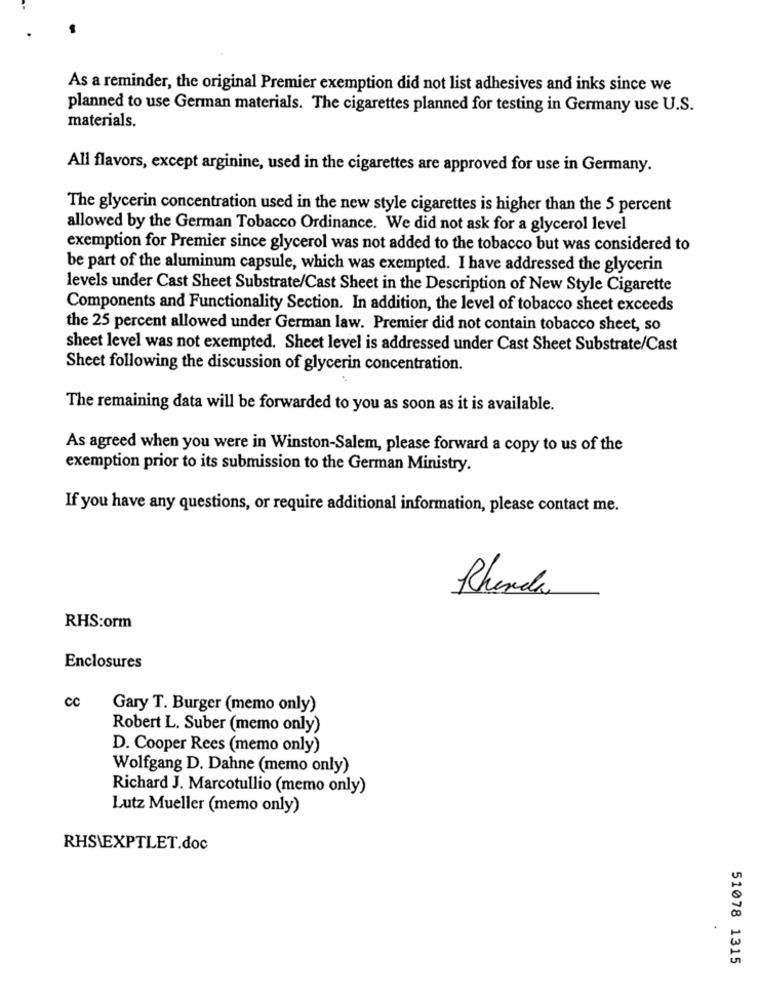
As a reminder, the original Premier exemption did not list adhesives and inks since we
planned to use German materials. The cigarettes planned for testing in Germany use U.S.
materials.
All flavors, except arginine, used in the cigarettes are approved for use in Germany.
The glycerin concentration used in the new style cigarettes is higher than the 5 percent
allowed by the German Tobacco Ordinance. We did not ask for a glycerol level
exemption for Premier since glycerol was not added to the tobacco but was considered to
be part of the aluminum capsule, which was exempted. I have addressed the glycerin
levels under Cast Sheet Substrate/Cast Sheet in the Description of New Style Cigarette
Components and Functionality Section. In addition, the level of tobacco sheet exceeds
the 25 percent allowed under German law. Premier did not contain tobacco sheet, so
sheet level was not exempted. Sheet level is addressed under Cast Sheet Substrate/Cast
Sheet following the discussion of glycerin concentration.
The remaining data will be forwarded to you as soon as it is available.
As agreed when you were in Winston-Salem, please forward a copy to us of the
exemption prior to its submission to the German Ministry.
If you have any questions, or require additional information, please contact me.
Rhonda
RHS:orm
Enclosures
Cc
Gary T. Burger (memo only)
Robert L. Suber (memo only)
D. Cooper Rees (memo only)
Wolfgang D. Dahne (memo only)
Richard J. Marcotullio (memo only)
Lutz Mueller (memo only)
RHS\EXPTLET.doc
51078 1315